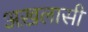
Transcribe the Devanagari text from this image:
अख़लासी